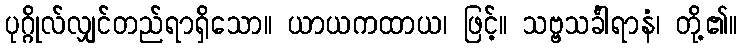
ပုဂ္ဂိုလ်လျှင်တည်ရာရှိသော။ ယာယကထာယ၊ ဖြင့်။ သဗ္ဗသင်္ခါရာနံ၊ တို့၏။